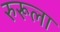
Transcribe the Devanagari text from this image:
रुरूला